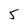
Character: 5